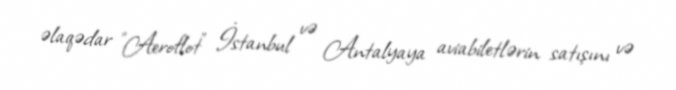
əlaqədar "Aeroflot" İstanbul və Antalyaya aviabiletlərin satışını və